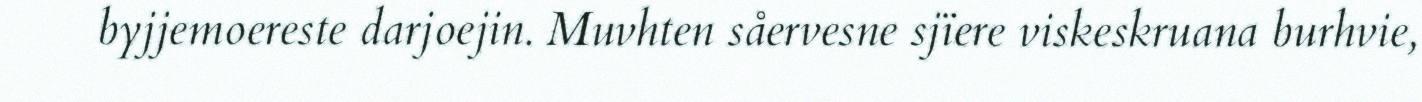
byjjemoereste darjoejin. Muvhten såervesne sjïere viskeskruana burhvie,